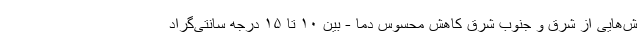
ش‌هایی از شرق و جنوب شرق کاهش محسوس دما - بین ۱۰ تا ۱۵ درجه سانتی‌گراد